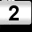
Digit: 2